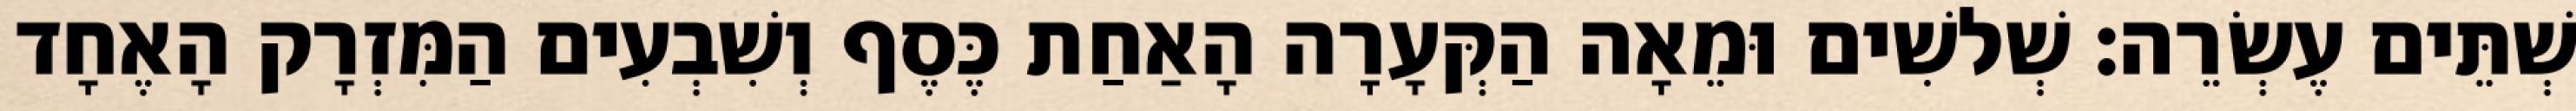
שְׁתֵּים עֶשְׂרֵה׃ שְׁלשִׁים וּמֵאָה הַקְּעָרָה הָאַחַת כֶּסֶף וְשִׁבְעִים הַמִּזְרָק הָאֶחָד